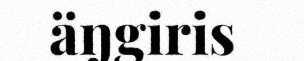
äŋgiris